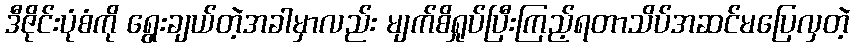
ဒီဇိုင်းပုံစံကို ရွေးချယ်တဲ့အခါမှာလည်း မျက်စိရှုပ်ပြီးကြည့်ရတာသိပ်အဆင်မပြေလှတဲ့